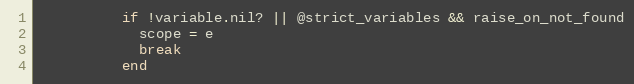
Language: Ruby
          if !variable.nil? || @strict_variables && raise_on_not_found
            scope = e
            break
          end